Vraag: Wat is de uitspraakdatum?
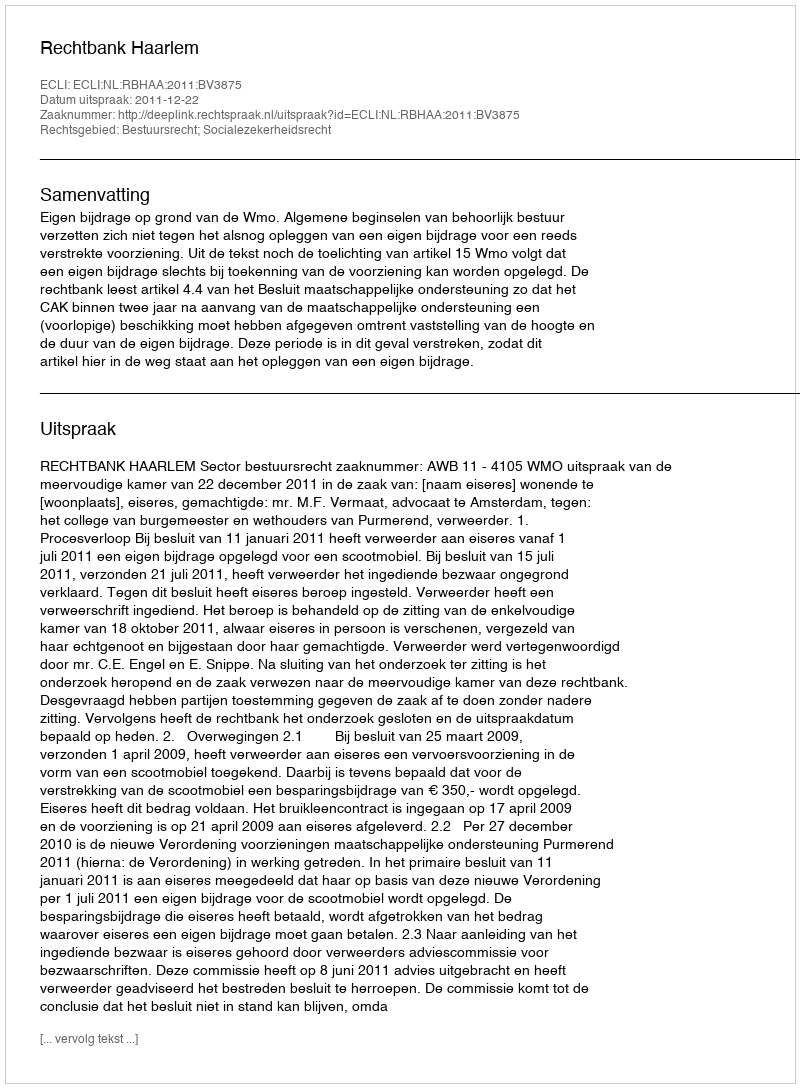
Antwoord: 2011-12-22